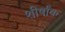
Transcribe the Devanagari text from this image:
शीर्षांक